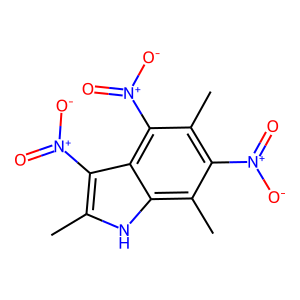
SMILES: Cc1[nH]c2c(C)c([N+](=O)[O-])c(C)c([N+](=O)[O-])c2c1[N+](=O)[O-]
Inhibits HIV replication: No